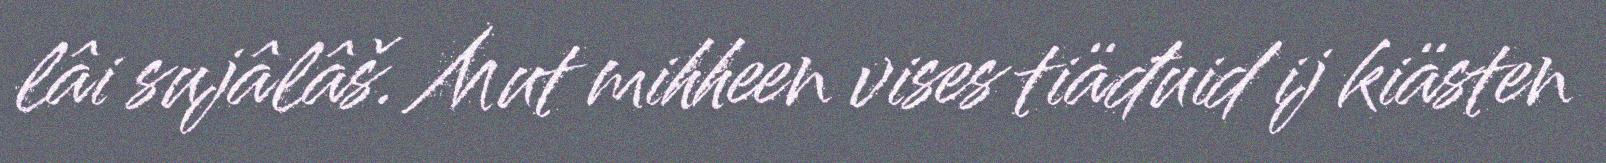
lâi sujâlâš. Mut mihheen vises tiäđuid ij kiästen